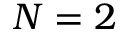
N = 2